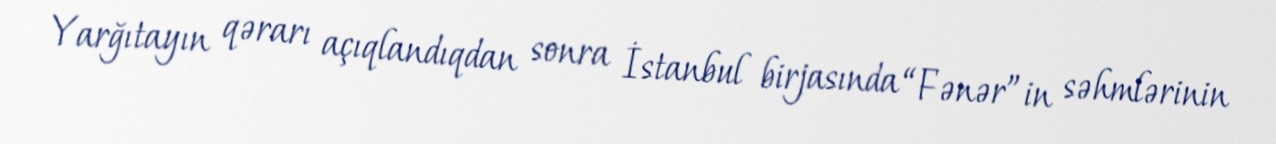
Yarğıtayın qərarı açıqlandıqdan sonra İstanbul birjasında “Fənər”in səhmlərinin